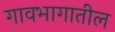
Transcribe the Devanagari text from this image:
गावभागातील